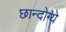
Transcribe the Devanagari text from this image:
छान्दोग्ये